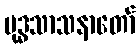
ဗုဒ္ဓသာသနာတော်